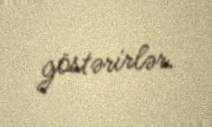
göstərirlər.